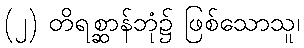
(၂) တိရစ္ဆာန်ဘုံ၌ ဖြစ်သောသူ၊